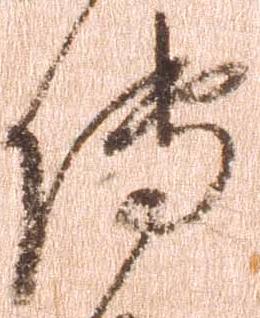
伝